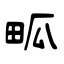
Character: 畖